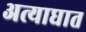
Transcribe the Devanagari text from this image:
अत्याघात